Annual report on the working of the mental hospitals in the Madras Presidency - 1912-1932
Year: 1912
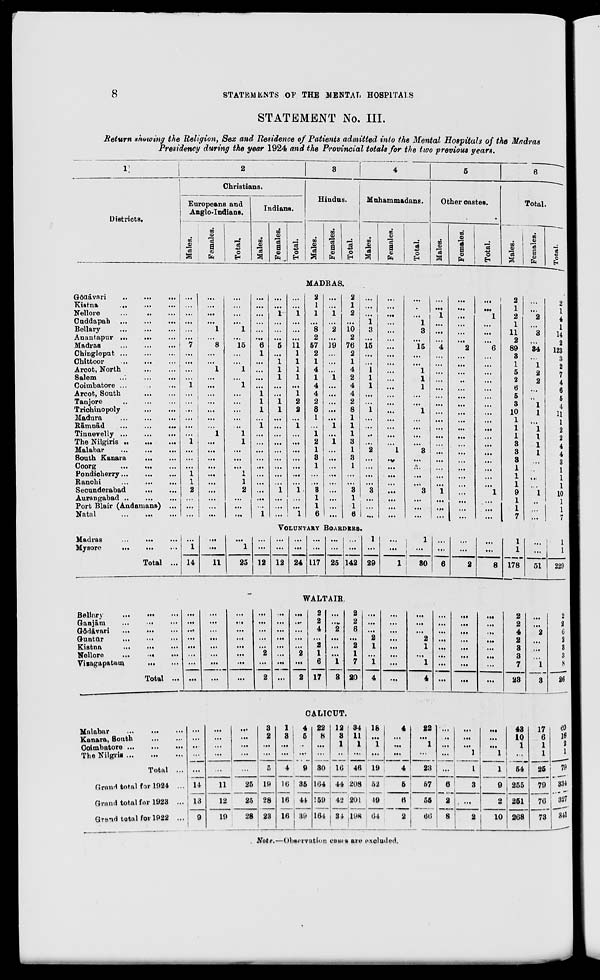
8
STATEMENTS OF THE MENTAL, HOSPITALS
STATEMENT No. III.
Return showing the Religion, Sex and Residence of Patients admitted into the Mental Hospitals of the Madras
Presidency during the year 1924 and the Provincial totals for the two previous years.
1
Districts.
2
Christians.
Europeans and
Anglo-Indians.
Males.
Females.
Total.
Indians.
Males.
Females.
Total.
3
Hindus.
Males.
Females.
Total.
4
Muhammadans.
Males.
Females.
Total.
5
Other castes.
Males.
Females.
Total.
6
Total.
Males.
Females.
Total.
MADRAS.
Gōdāvari
...
...
...
Kistna
...
... ...
Nellore
...
...
...
Cuddapah
...
...
...
Bellary
...
...
...
Anantapur ...
... ...
Madras ... ... ...
Chingleput
...
...
...
Chittoor
...
...
...
Arcot, North
...
...
Salem
...
...
...
Coimbatore ... ... ...
Arcot, South
...
...
Tanjore
...
...
...
Trichinopoly
...
...
Madura ... ... ...
Rāmnād
...
...
...
Tinnevelly
...
...
...
The Nilgiris ...
...
...
Malabar
...
...
...
South Kanara ... ...
Coorg
...
...
...
Pondicherry
...
...
...
Ranchi
...
...
...
Secunderabad
...
...
Aurangabad ... ...
...
Fort Blair (Andamans) ...
Natal
...
...
...
...
...
...
...
...
...
7
...
...
...
...
1
...
...
...
...
...
...
1
...
...
...
1
1
2
...
...
...
...
...
...
...
1
...
8
...
...
1
...
...
...
...
...
...
...
1
...
...
...
...
...
...
...
...
...
...
...
...
...
...
1
...
15
...
...
1
...
1
...
...
...
...
...
1
1
...
...
...
1
1
2
...
...
...
...
...
...
...
...
...
6
1
...
...
...
...
1
1
1
...
1
...
...
...
...
...
...
...
...
...
...
1
...
...
1
...
...
...
5
...
1
1
1
...
...
1
1
...
...
...
...
...
...
...
...
...
1
...
...
...
...
...
1
...
...
...
11
1
1
1
1
...
1
2
2
...
1
...
...
...
...
...
...
...
1
...
...
1
2
1
1
...
8
2
57
2
1
4
1
4
4
2
8
1
...
1
2
1
3
1
...
...
3
1
1
6
...
...
1
...
2
...
19
...
...
...
1
...
...
...
...
...
1
...
1
...
...
...
...
...
...
...
...
...
2
1
2
...
10
2
76
2
1
4
2
4
4
2
8
1
1
1
3
1
3
1
...
...
3
1
1
6
...
...
...
1
3
...
15
...
...
1
1
1
...
...
1
...
...
...
...
2
...
...
...
...
3
...
...
...
...
...
...
...
...
...
...
...
...
...
...
...
...
...
...
...
...
...
...
1
...
...
...
...
...
...
...
...
...
...
...
1
3
...
15
...
...
1
1
1
...
...
1
...
...
...
...
3
...
...
...
...
3
...
...
...
...
...
1
...
...
...
4
...
...
...
...
...
...
...
...
...
...
...
...
...
...
...
...
...
1
...
...
...
...
...
...
...
...
...
2
...
...
...
...
...
...
...
...
...
...
...
...
...
...
...
...
...
...
...
...
...
...
...
1
...
...
...
6
...
...
...
...
...
...
...
...
...
...
...
...
...
...
...
...
...
1
...
...
...
2
1
2
1
11
2
89
3
1
5
2
6
5
3
10
1
1
1
3
3
3
1
1
1
9
1
1
7
...
...
2
...
3
...
34
...
1
2
2
...
...
1
1
...
1
1
1
1
...
...
...
...
1
...
...
...
2 1
4
1
14
...
123
3
2 7
4
6
5
4
11
1
2
2
4
4
3
1
1
1
10
1
1
7
VOLUNTARY BOADERS.
Madras ... ... ...
Mysore
...
...
...
Total ...
...
1
14
...
...
11
...
1
25
...
...
12
...
...
12
...
...
24
...
...
117
...
...
25
...
...
142
1
...
29
...
...
1
1
...
30
...
...
6
...
...
2
...
...
8
1
1
178
...
...
51
1
1
229
WALTAIR.
Bellary
... ... ...
Ganjām
...
...
...
Gōdāvari
... ... ...
Guntūr ... ... ...
Kistna ... ... ...
Nellore
...
...
...
Vizagapatam
... ...
Total ...
...
...
...
...
...
...
...
...
...
...
...
...
...
...
...
...
...
...
...
...
...
...
...
...
...
...
...
...
...
2
...
2
...
...
...
...
...
...
...
...
...
...
...
...
...
2
...
2
2
2
4
...
2
1
6
17
...
...
2
...
...
...
1
3
2
2
6
...
2
1
7
20
...
...
...
2
1
...
1
4
...
...
...
...
...
...
...
...
...
...
...
2
1
...
1
4
...
...
...
...
...
...
...
...
...
...
...
...
...
...
...
...
...
...
...
...
...
...
...
...
2
2
4
2
3
3
7
23
...
...
2
...
...
...
1
3
2
2
6
2
3
3
8
26
CALICUT.
Malabar ... ... ...
Kanara, South
...
...
Coimbatore ...
...
...
The Nilgris ... ... ...
Total ...
Grand total for 1924 ...
Grand total for 1923 ...
Grand total for 1922 ...
...
...
...
...
...
14
13
9
...
...
...
...
...
11
12
19
...
...
...
...
...
25
25
28
3
2
...
...
5
19
28
23
1
3
...
...
4
16
16
16
4
5
...
...
9
35
44
39
22
8
...
...
30
164
159
164
12
3 1
...
16
44
42
34
34
11
1
...
46
208
201
198
18
... 1
...
19
52
49
64
4
...
...
...
4
5
6
2
22
... 1
...
23
57
55
66
...
...
...
...
...
6
2
8
...
...
...
1
1
3
...
2
...
...
...
1
1
9
2
10
43
10
1
...
54
255
251
268
17
6
1
1
25
79
76
73
60
16
2
1
79
334
327
341
Note.—Observation cases are excluded.